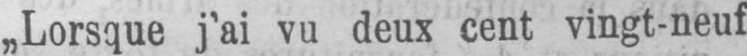
„Lorsque j’ai vu deux cent vingt-neuf